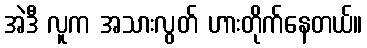
အဲဒီ လူက အသားလွတ် ဟားတိုက်နေတယ်။